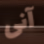
آنى